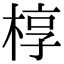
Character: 椁